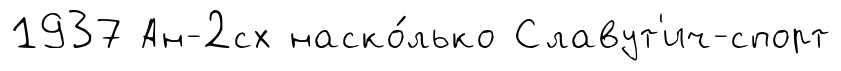
1937 Ан-2сх наско́лько Славут'ич-спорт